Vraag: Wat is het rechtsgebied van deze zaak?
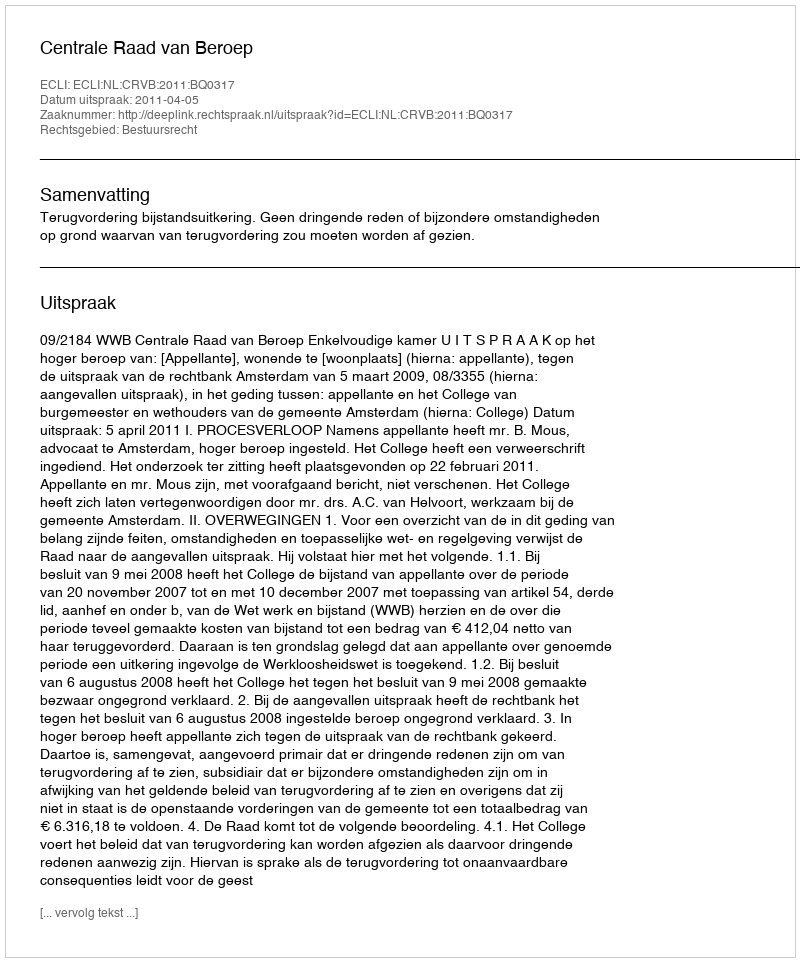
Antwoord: Bestuursrecht